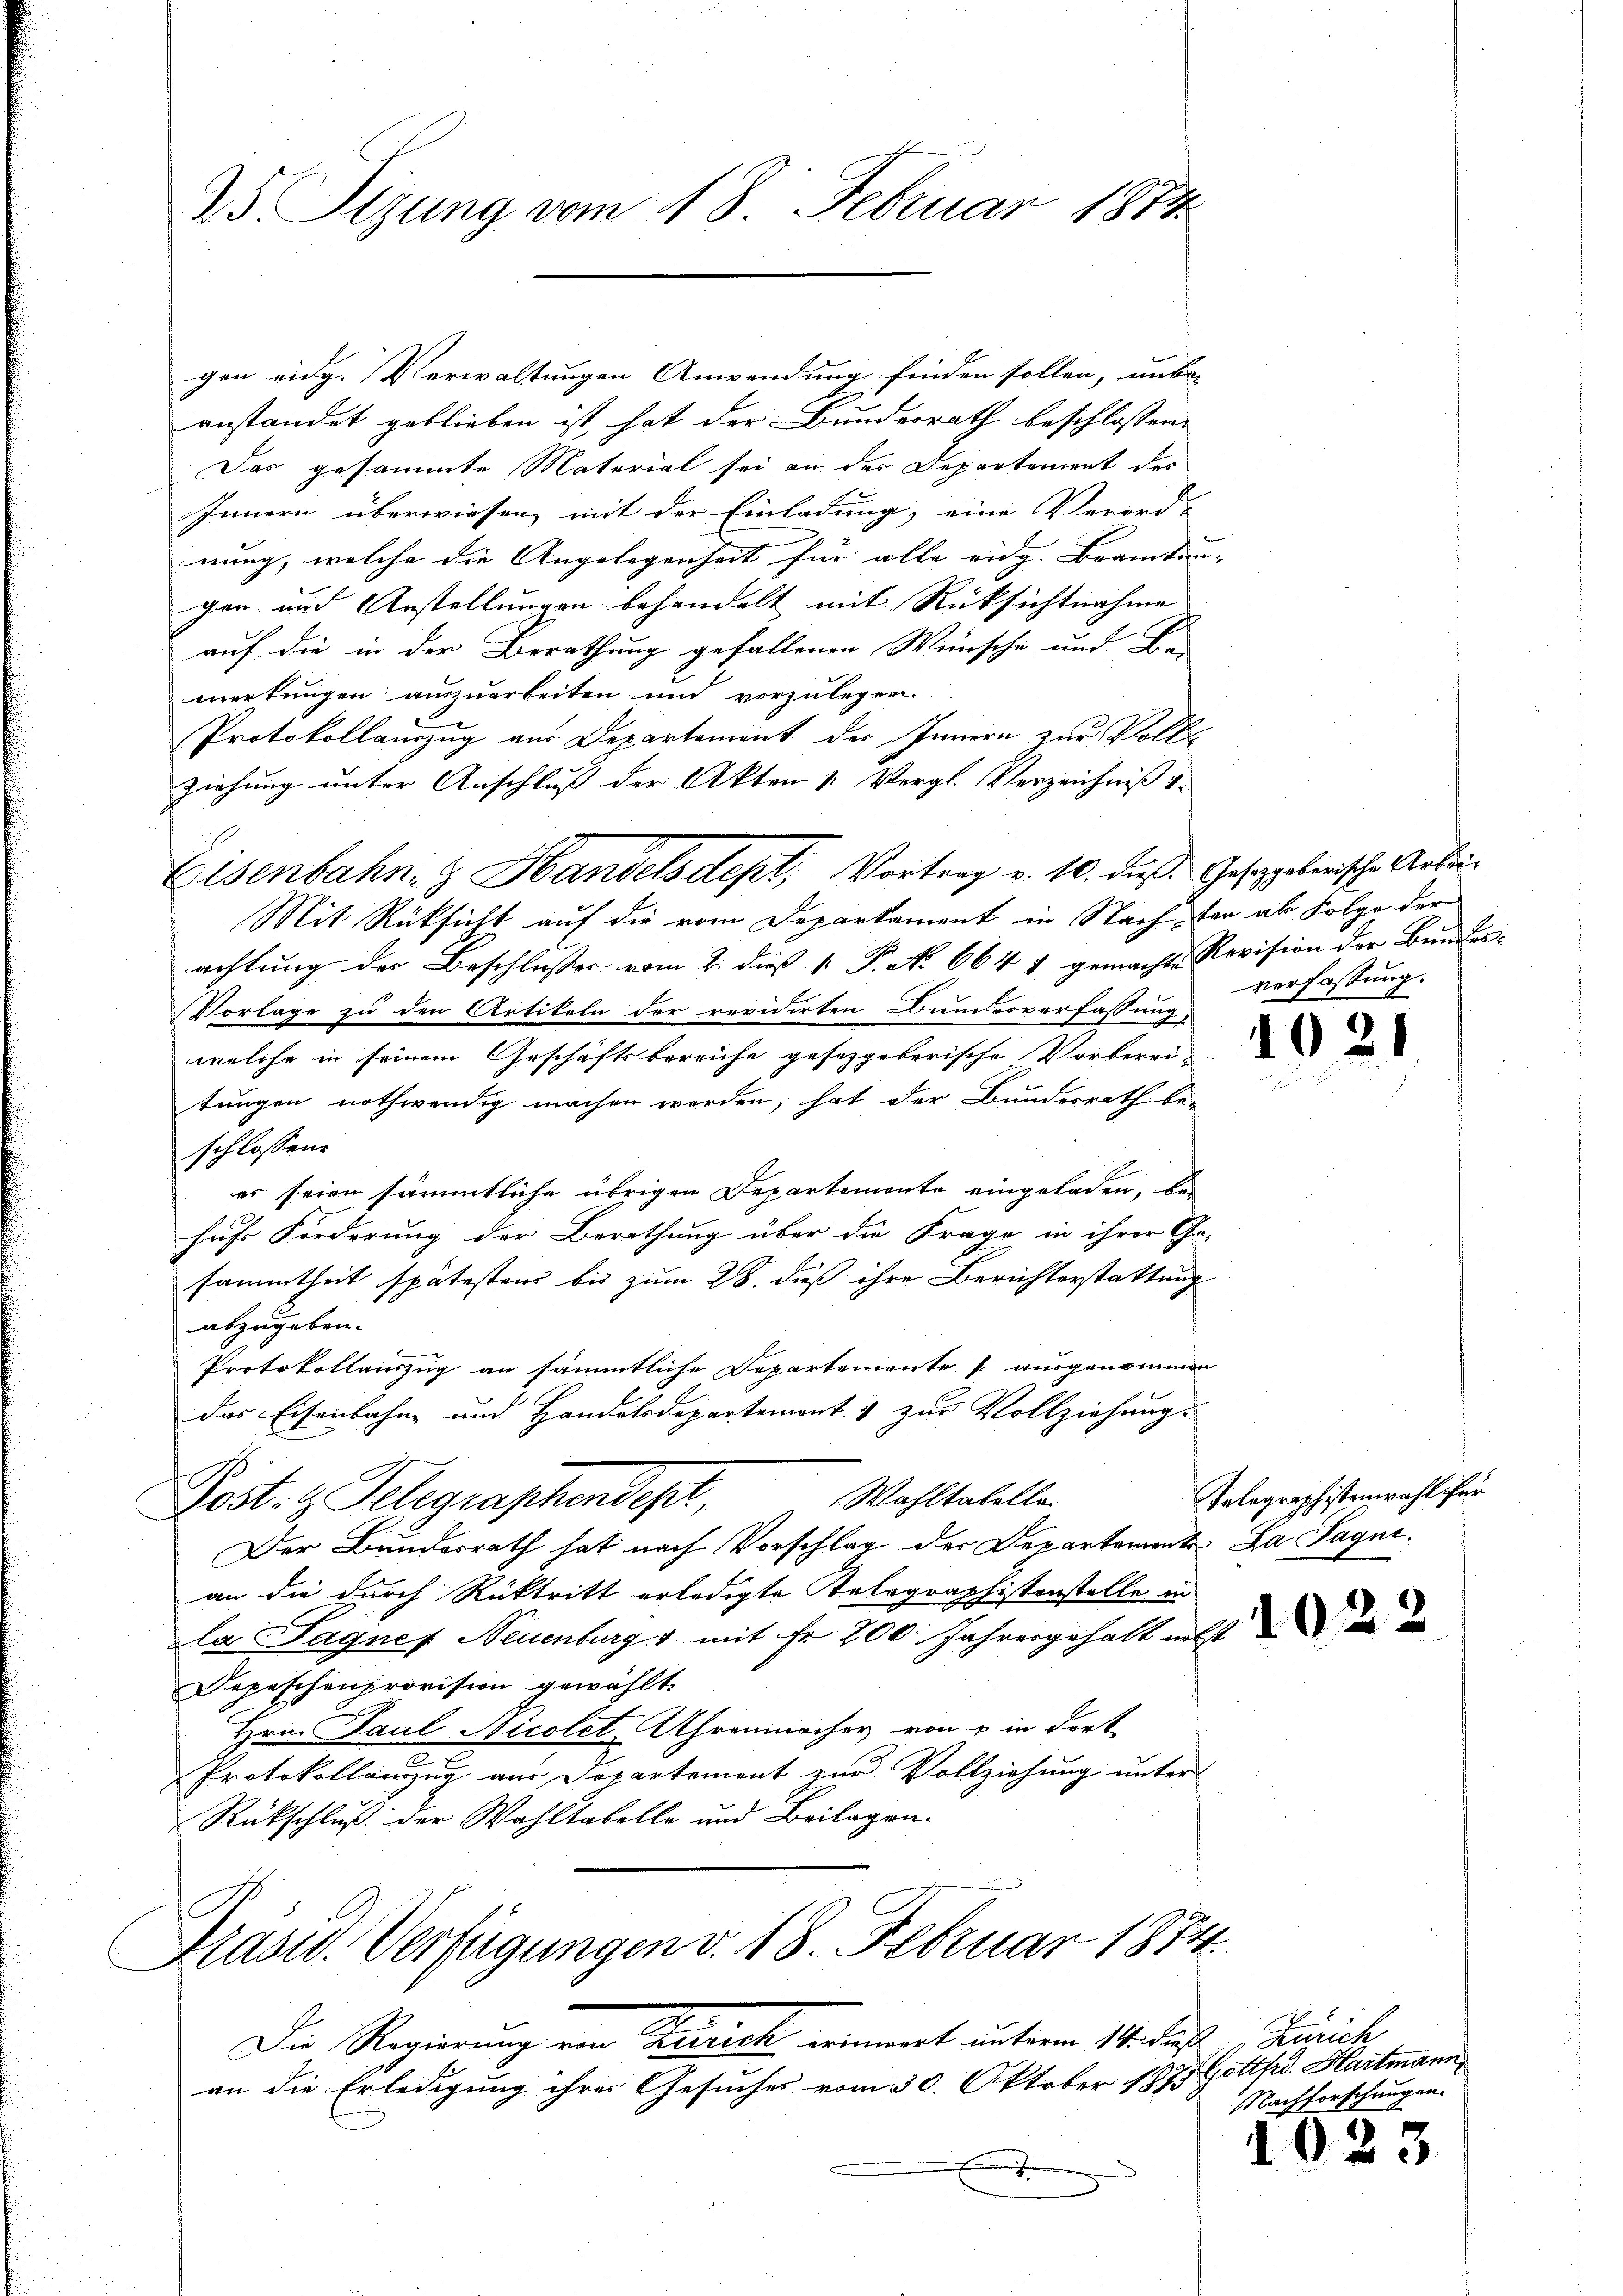
25 Sizung vom 18. Februar 1873.

gen eidg. Verwaltungen Anwendung finden sollen, unbe-
anstandet geblieben ist, hat der Bundesrath beschlossen:
Das gesammte Material sei an das Departement des
Innern überwiesen, mit der Einladung, eine Verord-
nung, welche die Angelegenheit für alle eidg. Beamtun- |
gen und Anstellungen behandelt mit Rücksichtnahme
auf die in der Berathung gefallenen Wünsche und Be-
merkungen auszuarbeiten und vorzulegen.
Protokollauszug aus Departement der Innern zur Vollziehung unter Anschluß der Akten u. Vergl. Verzeichniß v.
Mit Rüksicht auf die vom Departement in Nachten als Folge der
achtung der Beschlusses vom 2. dieß [ P. Nr. 664 1 gemachte Revision der Bundes-
Vorlage zu den Artikeln der revidirten Bundesverfassung,
welche in seinem Geschäftsbereiche gesetzgeberische Vorberei-
tungen nothwendig machen werden, hat der Bundesrath be-
schlossene
er seien sämmtliche übrigen Departemonte eingeladen, befuhr Förderung der Berathung über die Frage in ihrer Ge-
sammtheit spätestand bis zum 28. daß ihre Berichterstattung
abzugeben.
Protokollauszug an sämmtliche Departemente ausgenommen
das Eisenbahne und Handelsdepartemont & zur Vollziehung.
Wahltatelle
Pöst. H. Telegraphendest,
Der Bundesrath hat nach Vorschlag der Departement Da Sagne.
an die durch Rücktritt erledigte Telege
aphissenstelle in
la Sagnef Neuenburg & mit Fr. 200 Jahresgehalt nebst
Depeschenprovision gewählt.
Hrn. Paul Nicolet Uhrenmacher von u in dort
.
Protokollanzzug aus Departement zur Vollziehung unter
Rückschluß der Wahltabelle und Beilagen.

Eisenbahn & Handelsdept, Vortrag v. 10. dieß. Gesetzgeberische Arbei¬

Präsid. Verfügungen v. 18. Februar 1874.

Die Regierung von Zürich erinnert unterm 14. des Zürich
an die Erledigung ihrer Gesuches vom 30. Oktober 1877 Gottfr. Hartmann,

verfassung.

10

Telegraphistenwahl ihrer

Nachforschungen.

i

5

2

3.